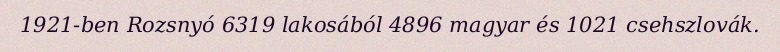
1921-ben Rozsnyó 6319 lakosából 4896 magyar és 1021 csehszlovák.